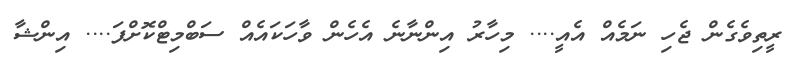
ރީތިވެގެން ޖެހި ނަމެއް އެއީ.... މިހާރު އިންނާނެ އެހެން ވާހަކައެއް ސަބްމިޓްކޮށްފަ.... އިންޝާ